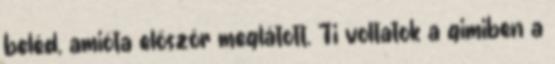
beléd, amióta először meglátott. Ti voltatok a gimiben a